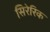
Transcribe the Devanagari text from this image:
सिरेरिक